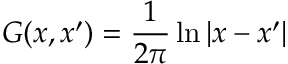
\displaystyle G ( \boldsymbol { x } , \boldsymbol { x } ^ { \prime } ) = \frac { 1 } { 2 \pi } \ln | \boldsymbol { x } - \boldsymbol { x } ^ { \prime } |